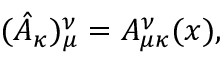
( \hat { A } _ { \kappa } ) _ { \mu } ^ { \nu } = A _ { \mu \kappa } ^ { \nu } ( x ) ,